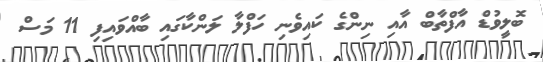
ބޮލީވުޑް އާފްތާބް އާއި ނިންގެ ކައިވެނި ހަފްލާ ލަންކާގައި ބާއްވައިފި 11 މަސް